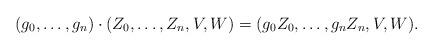
LaTeX: \begin{align*} (g_{0},\dots,g_{n})\cdot(Z_{0},\dots,Z_{n},V,W) = (g_{0}Z_{0},\dots,g_{n}Z_{n},V,W).\end{align*}